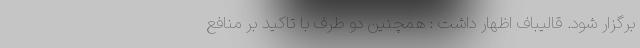
برگزار شود. قالیباف اظهار داشت : همچنین دو طرف با تاکید بر منافع